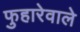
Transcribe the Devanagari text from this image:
फुहारेवाले